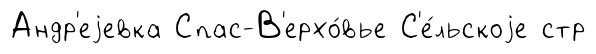
Андр'еjевка Спас-В'ерхо́вье С'е́льскоjе стр